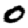
Digit: 0